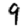
Digit: 9